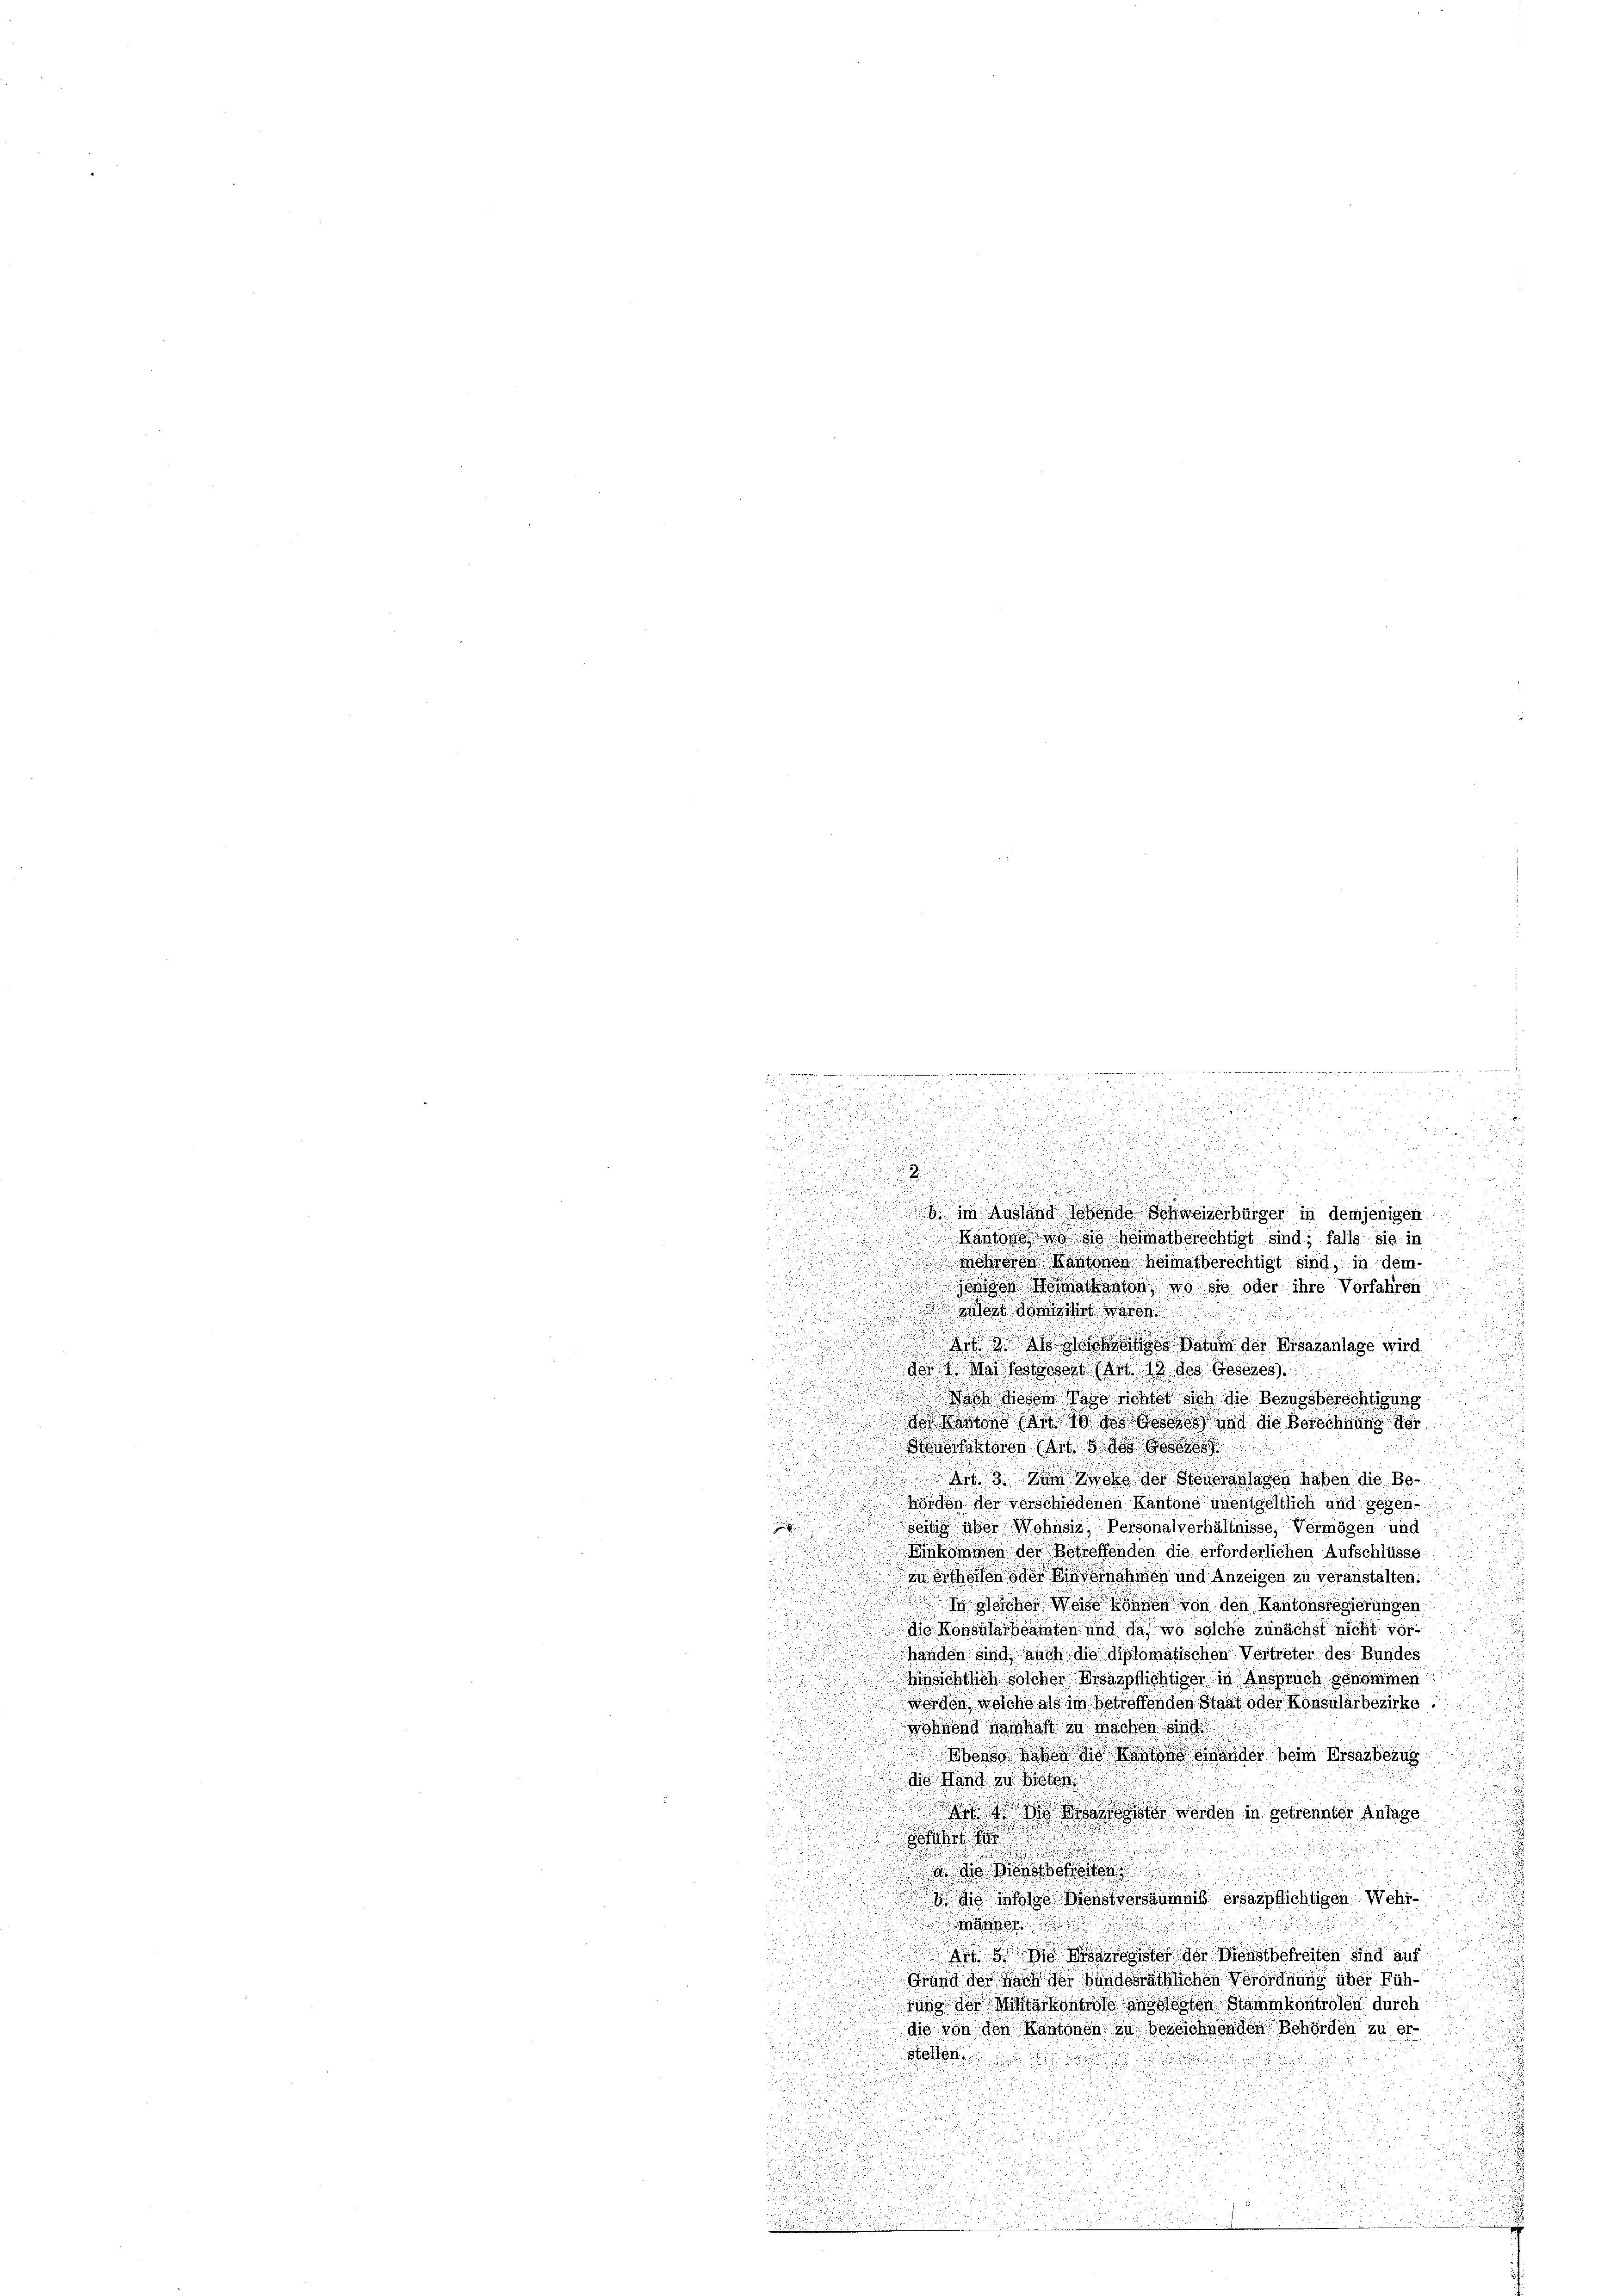
a
.

a
n

u
 5

di
u
u

u
d

1 im Ausland sehende Schweizerbürger in demjenigen

Rathe zu Wien nicht des entritte
 ......

e
2 x 2 xx

.
.
d
101 f 0 x
a

.
e
u

Kantons so heimatberechtigt sind, falls sie in

dr Schores Mann von Heimatberechtigt sind, in dem¬
u
siden Kosackanton, wo sie oder ihre Vorfahren
.

älert domicitirt waren

u

d Datum der Bisasanlage wird

.
dt Mai festgesent (Art. 1 des Gesezes
 ss Wiesen Tage nichte sich die Bezugsberichtigung
 Rostoss sich und die Berechnung der

 gossessoren (Art
 n 3. Zum Secke der Steueranlagen haben die Be¬
Hörden der verschiedenen Kantone unentgeltlich und gegen¬

 über Wohnsiz, Personalverhältnisse, Vermögen und
Vinkommen der Betreffenden die erforderlichen Aufschlüsse
.
n
zu ertheilen oder Einvernahmen und Anzeigen zu veranstalten:
n
wasse her Weise können von den Kantonsregierungen
die Konsularbeamten und da, wo solche zunächst nicht vorhanden sind auch die diplomatischen Vertreter des Bundes
.

hinsichtlich solcher Missspflichtiger in Anspruch gekommen

werden, welche als im Betreffenden Staat oder Konsularbezirke.
u
Mohrend Hanhaft zu machen sind
Ebenso habe die Kantons einander beim Ersarbezug
d
die Hand in ste
w  die werden in getrennter Anlage
1

 des Dienstboten

 die infolge Dienstversäumnis ersatzpflichtigen Wehrer
Art der Menschereiten sind auf

Grund der nach der Handeräthlichen Verordnung über Fühe
uns der Meistärkontre andesten Stammkontrolen durch
die von den Kantonen zu bezeichnenden Behörden zu er¬
u
Stellen